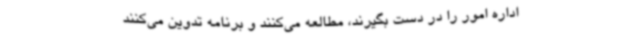
اداره امور را در دست بگیرند، مطالعه می‌کنند و برنامه تدوین می‌کنند